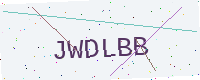
Text: JWDLBB